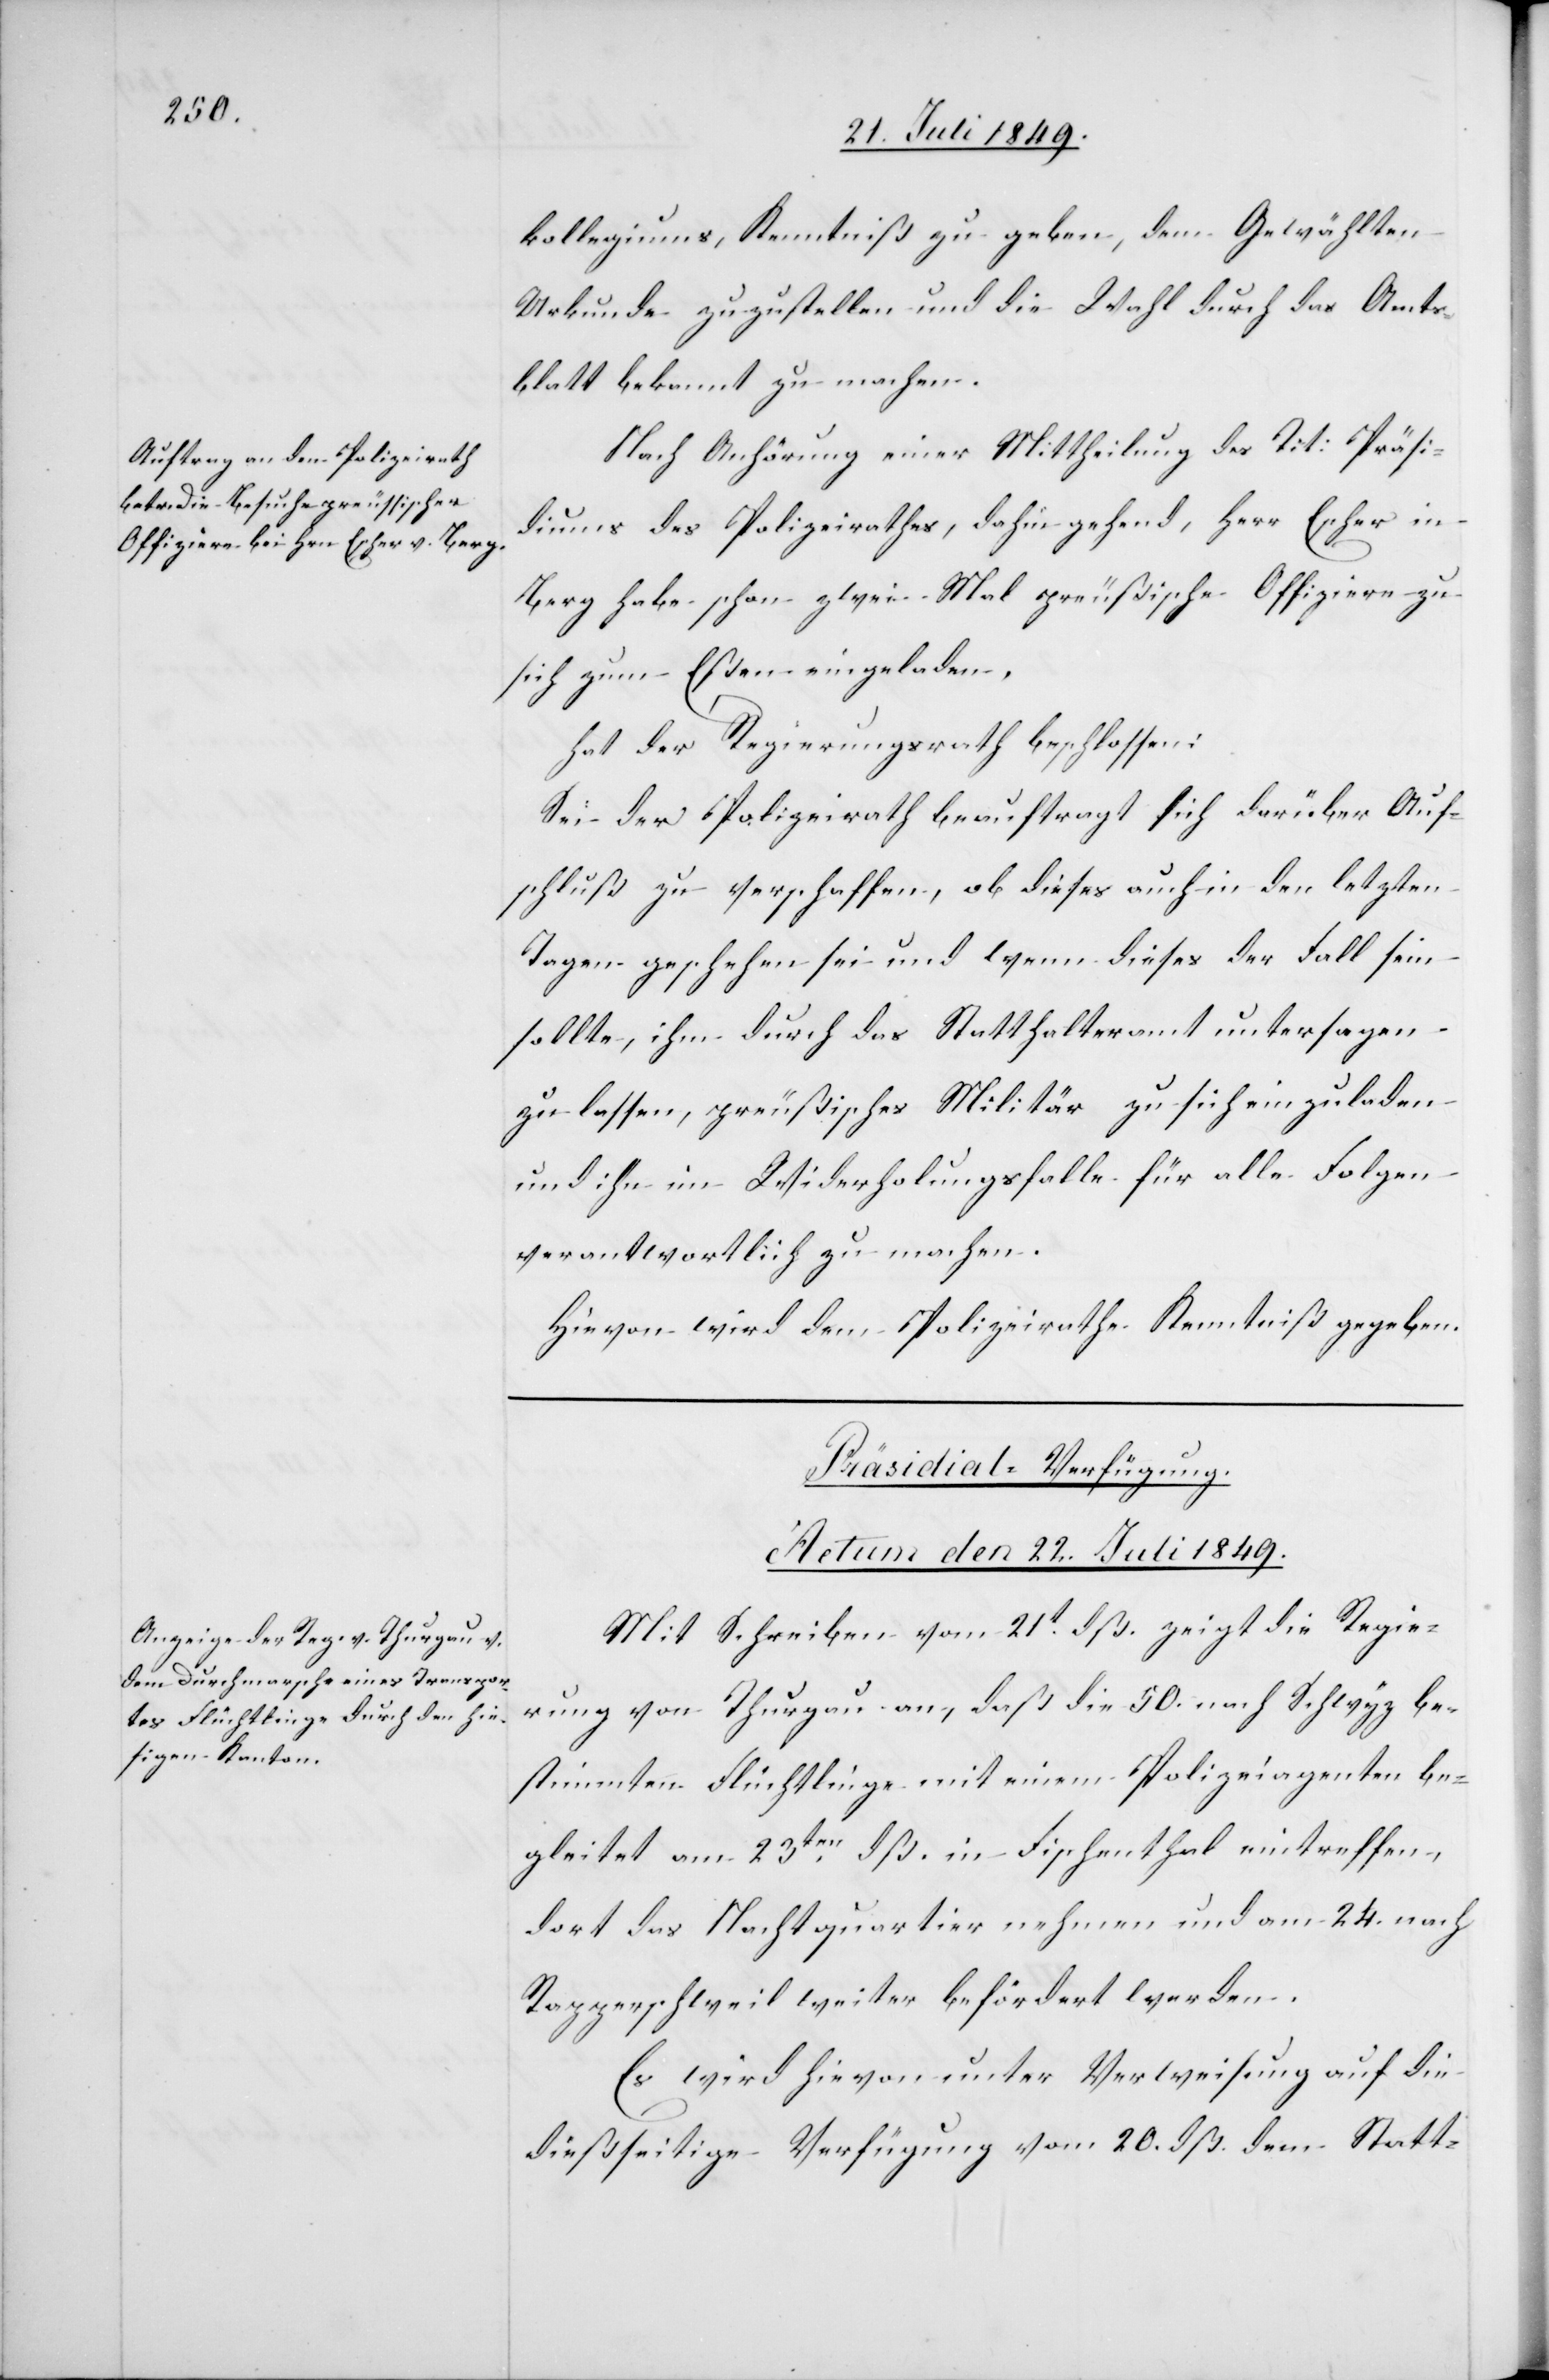
kollegiums, Kenntniß zu geben, dem Gewählten
Urkunde zuzustellen und die Wahl durch das Amts¬
blatt bekannt zu machen.
Nach Anhörung einer Mittheilung des Tit. Präsi¬
diums des Polizeirathes, dahin gehend, Herr Escher in
Berg habe schon zwei Mal preußische Offiziere zu
sich zum Essen eingeladen,
hat der Regierungsrath beschlossen:
Sei der Polizeirath beauftragt sich darüber Auf¬
schluß zu verschaffen, ob dieses auch in den letzten
Tagen geschehen sei und wenn diese der Fall sein
sollte, ihm durch das Statthalteramt untersagen
zu lassen, preußisches Militär zu sich einzuladen
und ihn im Widerholungsfalle für alle Folgen
verantwortlich zu machen.
Hievon wird dem Polizeirathe Kenntniß gegeben.
Präsidial-Verfügung.
Actum den 22. Juli 1849.
Mit Schreiben vom 21t dß. zeigt die Regie¬
rung von Thurgau an, daß die 50. nach Schwyz be¬
stimmten Flüchtlinge mit einem Polizeiagenten be¬
gleitet am 23ten dß. in Fischenthal eintreffen,
dort das Nachtquartier nehmen und am 24. nach
Rapperschweil weiter befördert werden.
Es wird hievon unter Verweisung auf die
dießseitige Verfügung vom 20. dß. dem Statt-